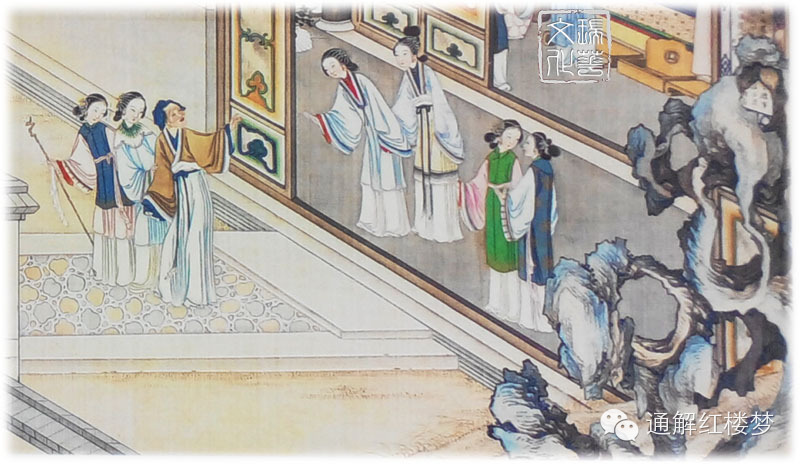
每恨蟪蛄怜婺女，几回娇妒下鸳机，今宵嘉会两依依。